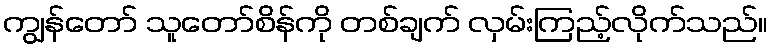
ကျွန်တော် သူတော်စိန်ကို တစ်ချက် လှမ်းကြည့်လိုက်သည်။